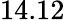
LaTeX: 14.12